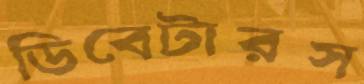
ডিবেটারস